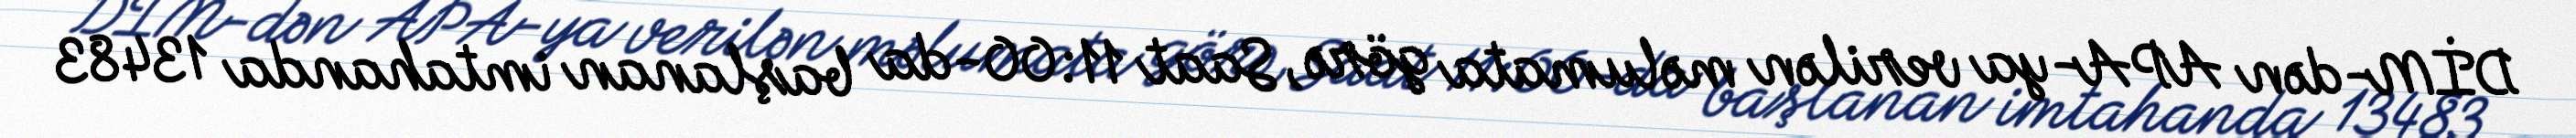
DİM-dən APA-ya verilən məlumata görə, Saat 11:00-da başlanan imtahanda 13483